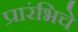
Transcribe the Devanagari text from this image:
प्रारंभिचे